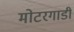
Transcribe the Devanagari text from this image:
मोटरगाडी